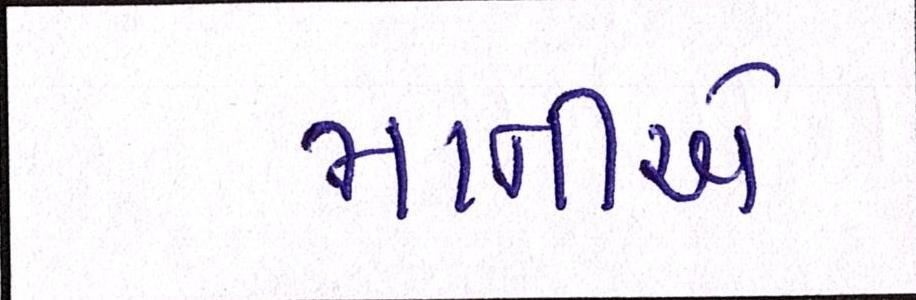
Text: માનીએ